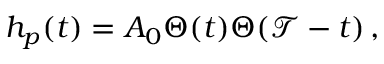
h _ { p } ( t ) = A _ { 0 } \Theta ( t ) \Theta ( \mathcal { T } - t ) \, ,